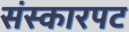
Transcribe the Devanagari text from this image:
संस्कारपट